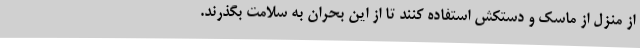
از منزل از ماسک و دستکش استفاده کنند تا از این بحران به سلامت بگذرند.